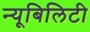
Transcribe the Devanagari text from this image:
न्यूबिलिटी